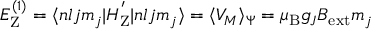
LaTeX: \begin{array} { r } { E _ { \mathrm { { Z } } } ^ { ( 1 ) } = \langle n l j m _ { j } | H _ { \mathrm { { Z } } } ^ { ' } | n l j m _ { j } \rangle = \langle V _ { M } \rangle _ { \Psi } = \mu _ { \mathrm { { B } } } g _ { J } B _ { \mathrm { { e x t } } } m _ { j } } \end{array}